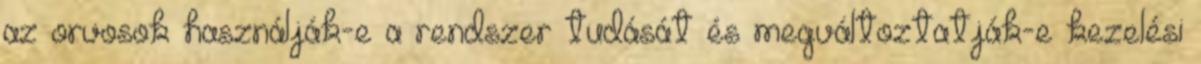
az orvosok használják-e a rendszer tudását és megváltoztatják-e kezelési